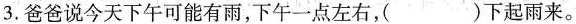
3.爸爸说今天下午可能有雨，下午一点左右，( )下起雨来。